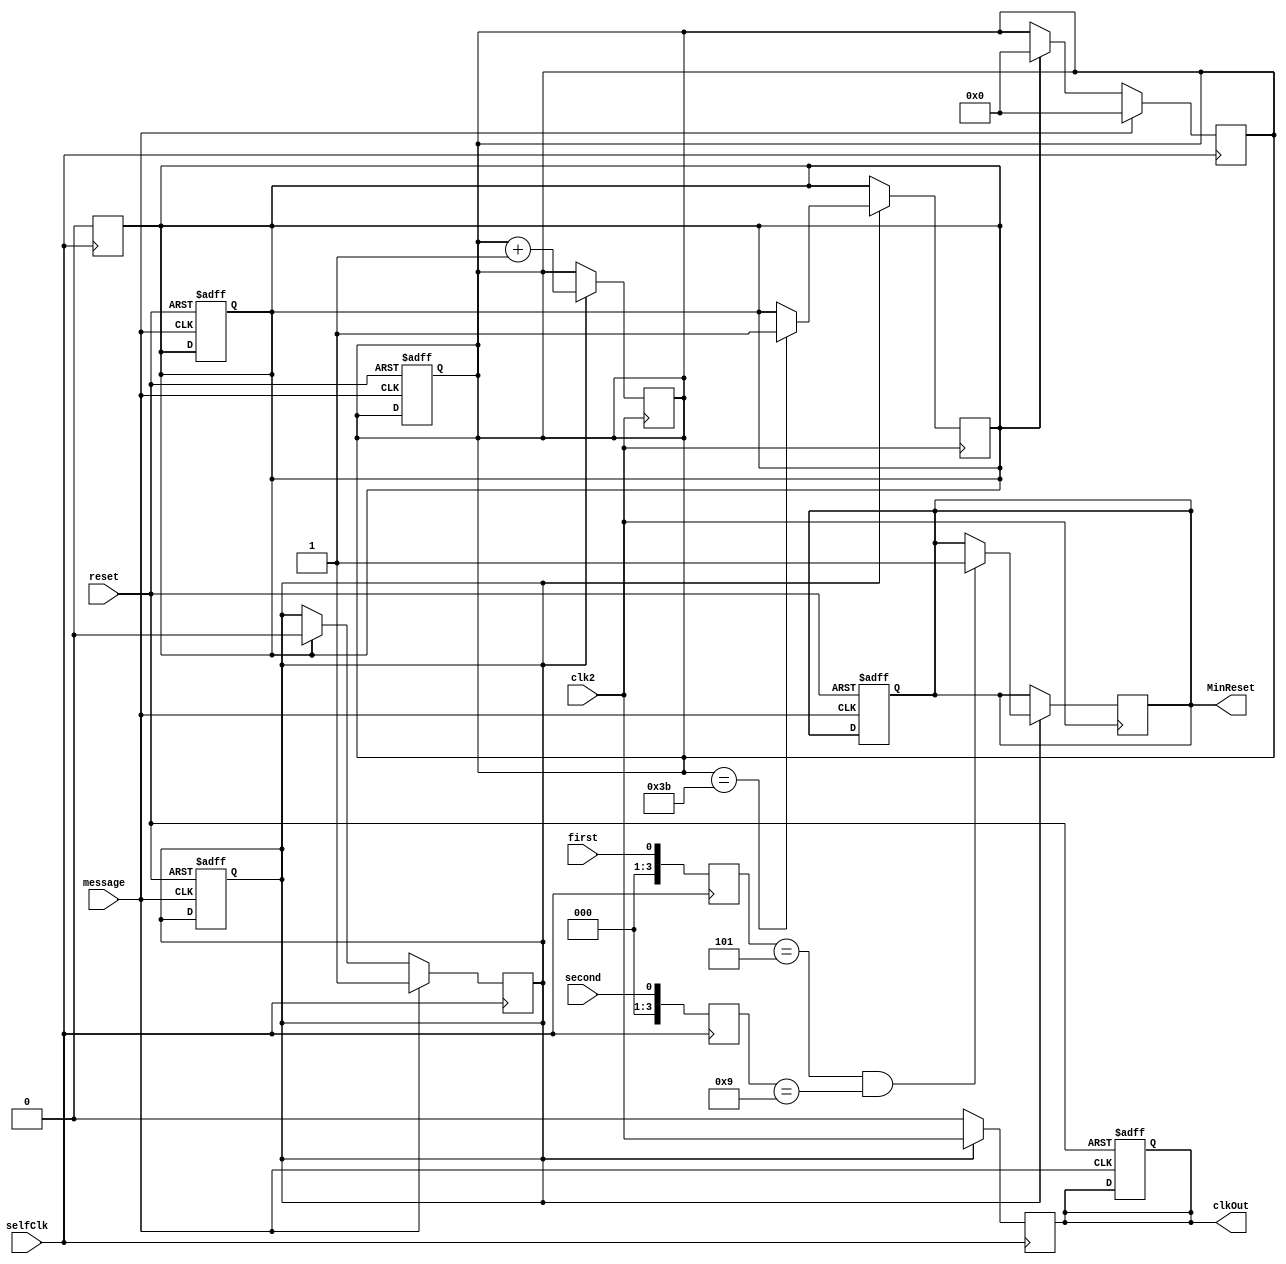
`timescale 1ns / 1ps                                        
module MUX_Use(                                             
input reset,                                                
input selfClk,     
// ,            
//,                               
input clk2,                      
//, 4hz                           
input first,         
//mintue                                 
input second,                                               
input message,   
//                                           
output reg clkOut,
output reg MinReset
//, output reg count    
//,                               
    );    
reg resetIn;                                                  
reg [3:0] firstCount;                                       
reg [3:0] secondCount;
reg [5:0] cal;                                      
reg count;        
always @(posedge reset,posedge message)
begin
    if(reset)
    begin
      count <= 0;
      cal <= 0;
      resetIn <= 0;
      MinReset <= 0;
      clkOut <= 0;
    end
end                                          
always @(posedge selfClk)                     
begin                                                       
     firstCount <= first;                                   
     secondCount <= second;
     if(count == 0)
     begin
         clkOut <= 0;
     end  
     else if (count == 1)                               
     begin                                              
         clkOut <= clk2;                                       
     end                            
     if(resetIn)                                              
     begin                                                  
         count <= 0;
         cal <= 0;                                        
        // clkOut <= clk1;
         resetIn <= 0;                                    
     end                                                    
     if(message)                                        
     begin                                              
          count <= 1;
          cal <= 0;                     
       end     
                                                           
end                                                         
always @(posedge clk2)                                      
begin                                                       
    if(count == 1)                              
    begin 
        //clkOut <= clk2;
        cal <= cal+1;                                                  
        if(firstCount == 5 && secondCount == 9)                                                    
        begin                                               
            MinReset <= 1;                                   
        end
        if(cal == 59)
        begin
            resetIn <= 1;
        end                                                 
    end                                                     
end                                                         
                                                            
                                                            
                                                            
                                                            
endmodule